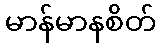
မာန်မာနစိတ်